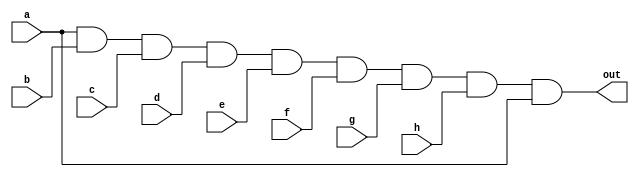
module top (
    a , b , c , d , e , f , g , h , out );
    input a , b , c , d , e , f , g , h;
    output out;
    wire n1 , n2 , n3 , n4 , n5 , n6 , n7;
    assign n1 = a & b;
    assign n2 = n1 & c;
    assign n3 = n2 & d;
    assign n4 = n3 & e;
    assign n5 = n4 & f;
    assign n6 = n5 & g;
    assign n7 = n6 & h;
    assign out = n7 & a;
endmodule